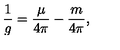
\frac { 1 } { g } = \frac { \mu } { 4 \pi } - \frac { m } { 4 \pi } ,